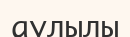
аулылы